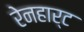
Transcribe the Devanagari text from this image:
रेनहार्ट